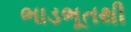
ભાડભૂતથી